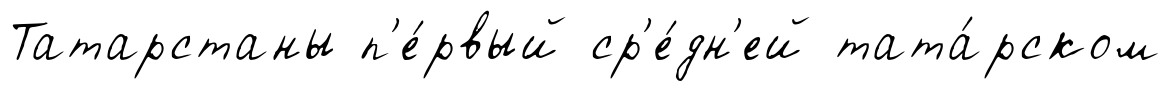
Татарстаны п'е́рвый ср'е́дн'ей тата́рском